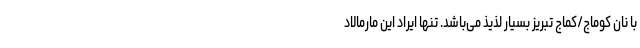
با نان کوماج/کماج تبریز بسیار لذیذ می‌باشد. تنها ایراد این مارمالاد